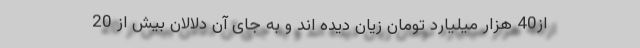
از40 هزار میلیارد تومان زیان دیده اند و به جای آن دلالان بیش از 20